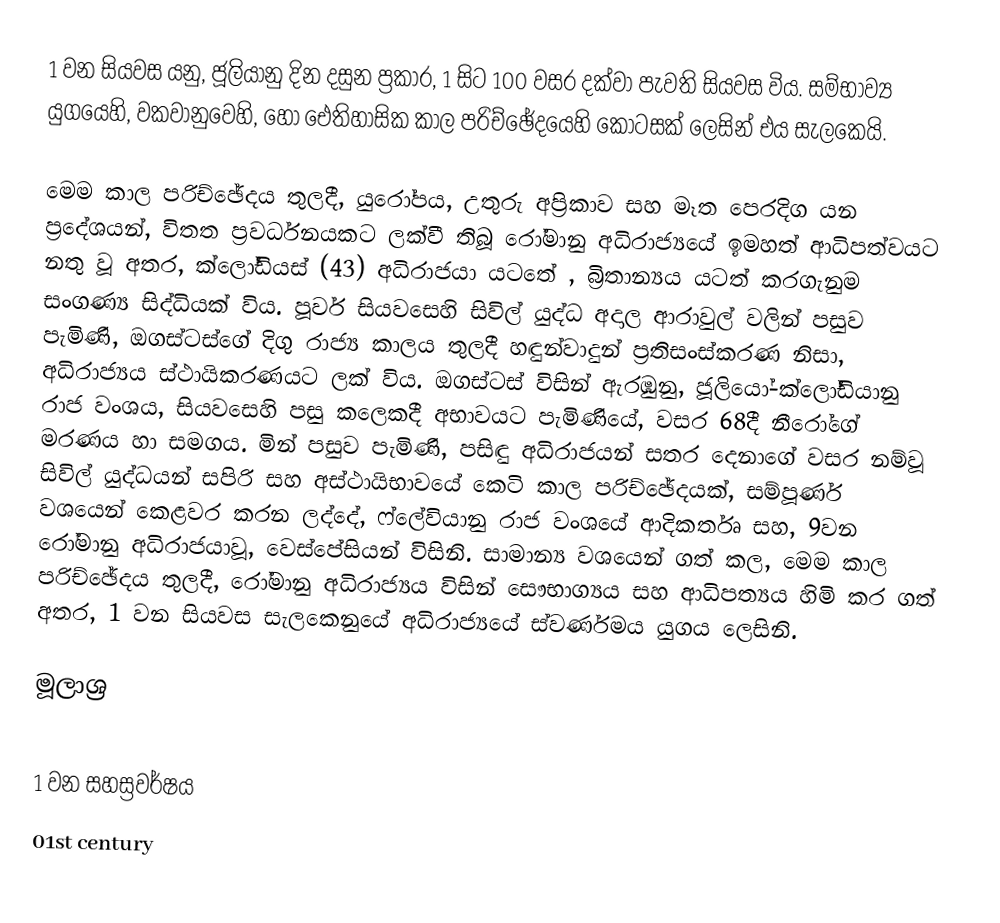
1 වන සියවස යනු,   ජූලියානු දින දසුන ප්‍රකාර,  1  සිට 100 වසර දක්වා පැවති සියවස විය. සම්භාව්‍ය යුගයෙහි, වකවානුවෙහි, හෝ ඓතිහාසික කාල පරිච්ඡේදයෙහි කොටසක් ලෙසින් එය සැලකෙයි.

මෙම කාල පරිච්ඡේදය තුලදී, යුරෝපය, උතුරු අප්‍රිකාව සහ මෑත පෙරදිග යන ප්‍රදේශයන්,  විතත ප්‍රවර්ධනයකට ලක්වී තිබූ රෝමානු අධිරාජ්‍යයේ ඉමහත් ආධිපත්වයට නතු වූ අතර, ක්ලෝඩියස් (43) අධිරාජයා යටතේ , බ්‍රිතාන්‍යය යටත් කරගැනුම සංගණ්‍ය සිද්ධියක් විය. පූර්ව සියවසෙහි සිවිල් යුද්ධ අදාල ආරාවුල් වලින් පසුව පැමිණි,  ඔගස්ටස්ගේ දිගු රාජ්‍ය කාලය තුලදී හඳුන්වාදුන් ප්‍රතිසංස්කරණ නිසා,  අධිරාජ්‍යය ස්ථායිකරණයට ලක් විය. ඔගස්ටස් විසින් ඇරඹුනු, ජූලියෝ-ක්ලෝඩියානු රාජ වංශය, සියවසෙහි පසු කලෙකදී අභාවයට පැමිණියේ, වසර 68දී  නීරෝගේ මරණය හා සමගය. මින් පසුව පැමිණි, පසිඳු  අධිරාජයන් සතර දෙනාගේ වසර නම්වූ සිවිල් යුද්ධයන් සපිරි සහ අස්ථායිභාවයේ කෙටි කාල පරිච්ඡේදයක්, සම්පූර්ණ වශයෙන් කෙළවර කරන ලද්දේ,  ෆ්ලේවියානු රාජ වංශයේ ආදිකර්තෘ සහ, 9වන රෝමානු අධිරාජයාවූ, වෙස්පේසියන් විසිනි. සාමාන්‍ය වශයෙන් ගත් කල, මෙම කාල පරිච්ඡේදය තුලදී, රෝමානු අධිරාජ්‍යය විසින් සෞභාග්‍යය සහ ආධිපත්‍යය හිමි කර ගත් අතර, 1 වන සියවස සැලකෙනුයේ අධිරාජ්‍යයේ ස්වර්ණමය යුගය ලෙසිනි.

මූලාශ්‍ර

1 වන සහස්‍රවර්ෂය
01st century